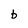
Character: b